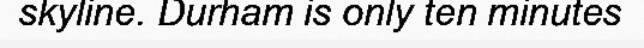
skyline. Durham is only ten minutes